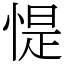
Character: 惿